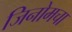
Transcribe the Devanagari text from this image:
जिनोमचा